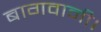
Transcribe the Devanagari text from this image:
बागवानी।